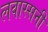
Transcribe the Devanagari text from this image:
लवास्सनी